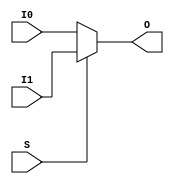
// $Header: /devl/xcs/repo/env/Databases/CAEInterfaces/verunilibs/data/unisims/MUXF6.v,v 1.11 2007/08/23 23:00:26 yanx Exp $
///////////////////////////////////////////////////////////////////////////////
// Copyright (c) 1995/2004 Xilinx, Inc.
// All Right Reserved.
///////////////////////////////////////////////////////////////////////////////
//   ____  ____
//  /   /\/   /
// /___/  \  /    Vendor : Xilinx
// \   \   \/     Version : 10.1
//  \   \         Description : Xilinx Functional Simulation Library Component
//  /   /                  2-to-1 Lookup Table Multiplexer with General Output
// /___/   /\     Filename : MUXF6.v
// \   \  /  \    Timestamp : Thu Mar 25 16:42:55 PST 2004
//  \___\/\___\
//
// Revision:
//    03/23/04 - Initial version.
//    02/04/05 - Rev 0.0.1 Remove input/output bufs; Remove unnessasary begin/end;
//    05/10/07 - When input same, output same for any sel value. (CR434611).
//    08/23/07 - User block statement (CR446704).
// End Revision

`timescale  1 ps / 1 ps


module MUXF6 (O, I0, I1, S);

    output O;
    reg    O;

    input  I0, I1, S;

	always @(I0 or I1 or S)
	    if (S)
		O = I1;
	    else
		O = I0;
endmodule